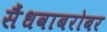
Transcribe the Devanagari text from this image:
सैंधवाबरोबर